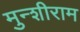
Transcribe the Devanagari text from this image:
मुन्शीराम